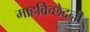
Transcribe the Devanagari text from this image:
माहविच्छेदनी